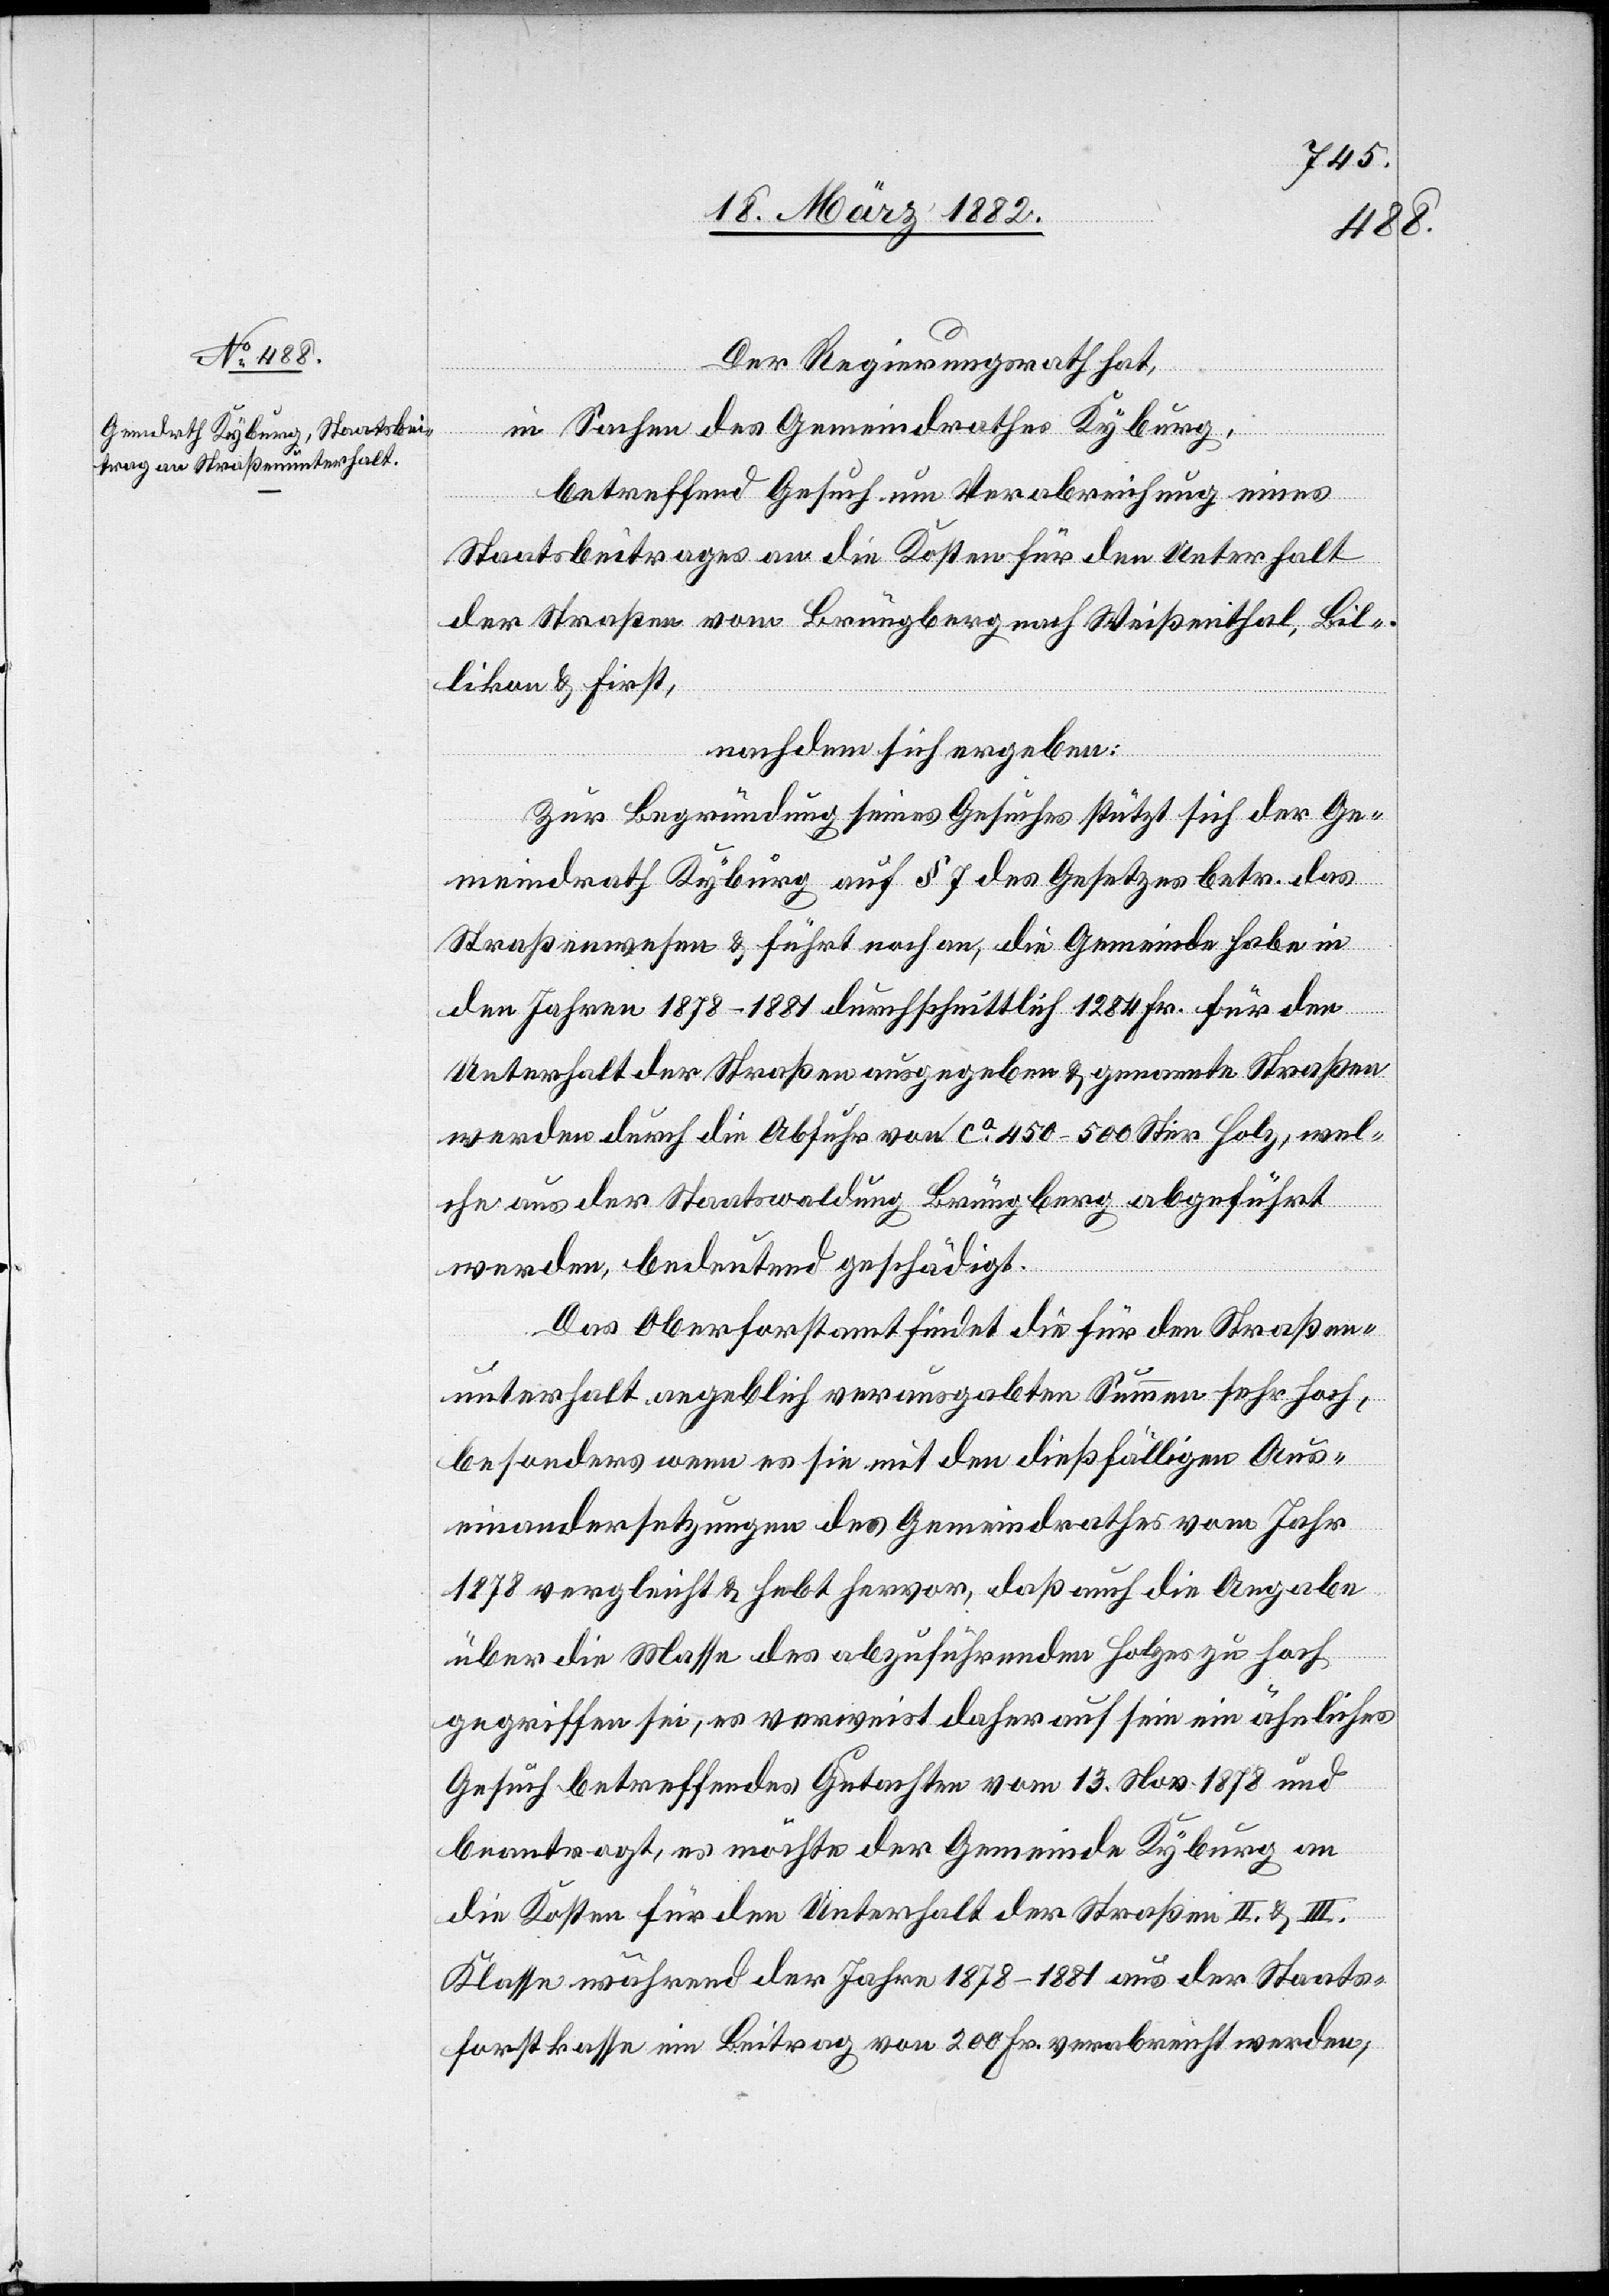
Der Regierungsrath hat,
in Sachen des Gemeindrathes Kyburg,
betreffend Gesuch um Verabreichung eines
Staatsbeitrages an die Kosten für den Unterhalt
der Straßen vom Brüngberg nach Weißentahl, Bil¬
likon & First,
nachdem sich ergeben:
Zur Begründung seines Gesuches stützt sich der Ge¬
meindrath Kyburg auf § 7 des Gesetzes betr. das
Straßenwesen & führt noch an, die Gemeinde habe in
den Jahren 1878–1881 durchschnittlich 1284 Fr. für den
Unterhalt der Straßen ausgegeben & genannte Straßen
werden durch die Abfuhr von ca 450–500 Ster Holz, wel¬
che aus der Staatswaldung Brüngberg abgeführt
werden, bedeutend geschädigt.
Das Oberforstamt findet die für den Straßen¬
unterhalt angeblich verausgabte Summe sehr hoch,
besonders wenn es sie mit den dießfälligen Aus¬
einandersetzungen des Gemeindrathes vom Jahr
1878 vergleicht & hebt hervor, daß auch die Angabe
über die Masse des abzuführenden Holzes zu hoch
gegriffen sei, es verweist daher auf sein ein ähnliches
Gesuch betreffendes Gutachten vom 13. Nov. 1878 und
beantragt, es möchte der Gemeinde Kyburg an
die Kosten für den Unterhalt der Straßen II. & III.
Klasse während der Jahre 1878–1881 aus der Staats¬
forstkasse ein Beitrag von 200 Fr. verabreicht werden,